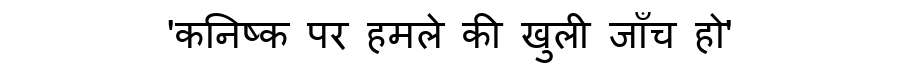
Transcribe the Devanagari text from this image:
'कनिष्क पर हमले की खुली जाँच हो'